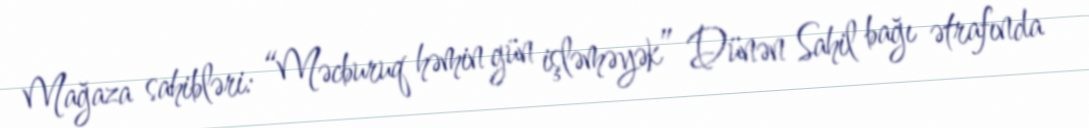
Mağaza sahibləri: “Məcburuq həmin gün işləməyək” Dünən Sahil bağı ətrafında